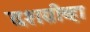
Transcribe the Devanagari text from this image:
दशग्रीव्हा